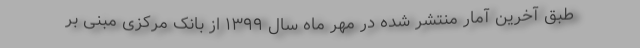
طبق آخرین آمار منتشر شده در مهر ماه سال ۱۳۹۹ از بانک مرکزی مبنی بر